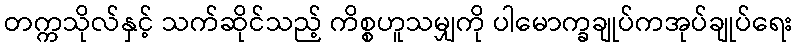
တက္ကသိုလ်နှင့် သက်ဆိုင်သည့် ကိစ္စဟူသမျှကို ပါမောက္ခချုပ်ကအုပ်ချုပ်ရေး